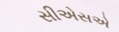
સીએસએ